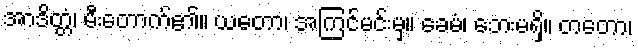
အာဒိတ္တံ၊ မီးတောက်၏။ ယတော၊ အကြင်မင်းမှ။ ခေမံ၊ ဘေးမရှိ။ တတော၊